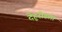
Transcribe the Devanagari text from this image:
देहूरोडला